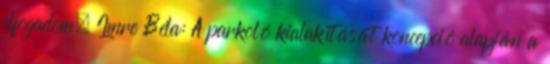
elfogadom. Imre Béla: A parkoló kialakítását koncepció alapján a